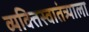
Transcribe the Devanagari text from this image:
व्यक्तिस्वातंत्र्याला